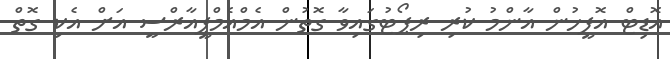
އޮޑިޓް އޮފީހުން އާންމު ކުރި ރިޕޯޓުގައިވާ ގޮތުން އެމްއެމްޕީއާރްސީ އަށް އެކި ގޮތް